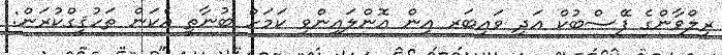
ރިލްވާންގެ ފޭސްބުކް އަދި ވައިބަރ އިން އޮންލައިންވި ކަމަށް ބުނާތީ އެކަން ތަހުޤީގްކުރަން: